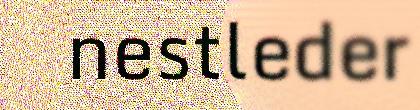
nestleder